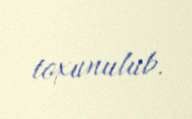
toxunulub.